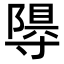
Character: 𭔽